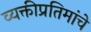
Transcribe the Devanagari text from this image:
व्यक्तीप्रतिमांचे